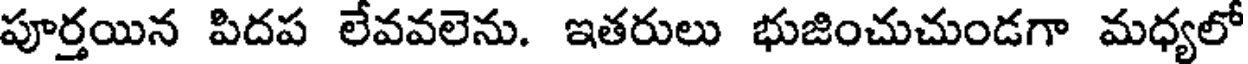
పూర్తయిన పిదప లేవవలెను. ఇతరులు భుజించుచుండగా మధ్యలో